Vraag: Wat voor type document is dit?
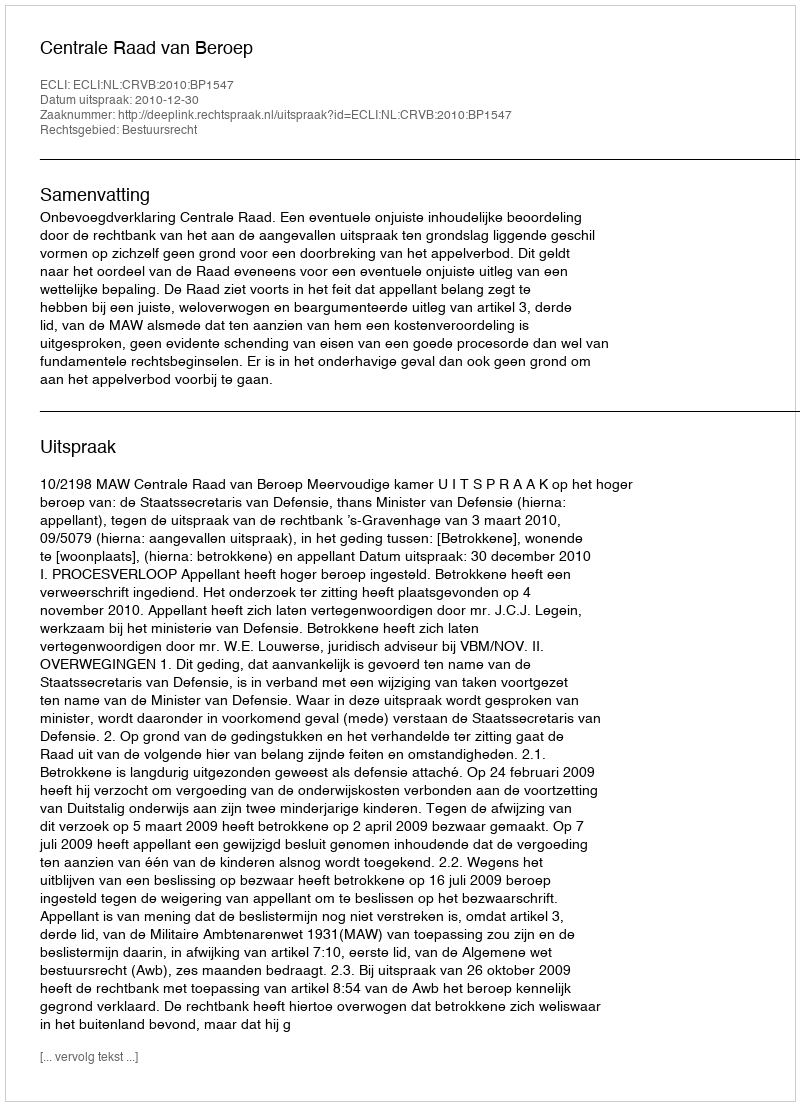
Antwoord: Uitspraak